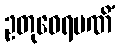
ဥတုဝေရမဏိံ